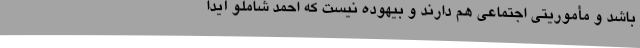
باشد و مأموریتی اجتماعی هم دارند و بیهوده نیست که احمد شاملو آیدا